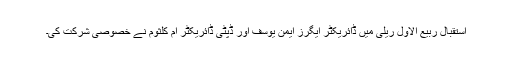
استقبال ربیع الاول ریلی میں ڈائریکٹر ایگرز ایمن یوسف اور ڈپٹی ڈائریکٹر ام کلثوم نے خصوصی شرکت کی۔